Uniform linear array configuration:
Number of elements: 32
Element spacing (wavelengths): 0.5
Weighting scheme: uniform
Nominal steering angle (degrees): -15
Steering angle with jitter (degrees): -14.298
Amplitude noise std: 0.05
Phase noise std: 0.05

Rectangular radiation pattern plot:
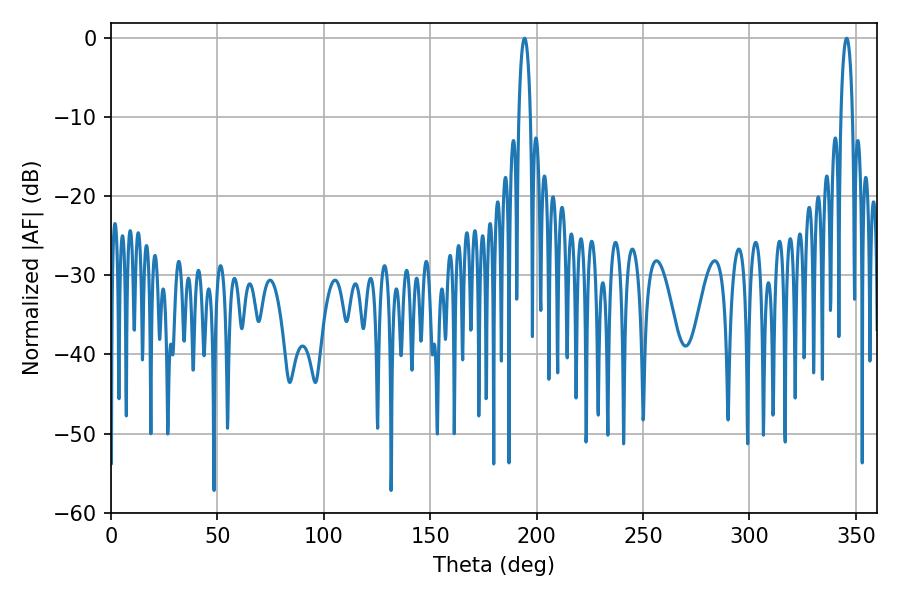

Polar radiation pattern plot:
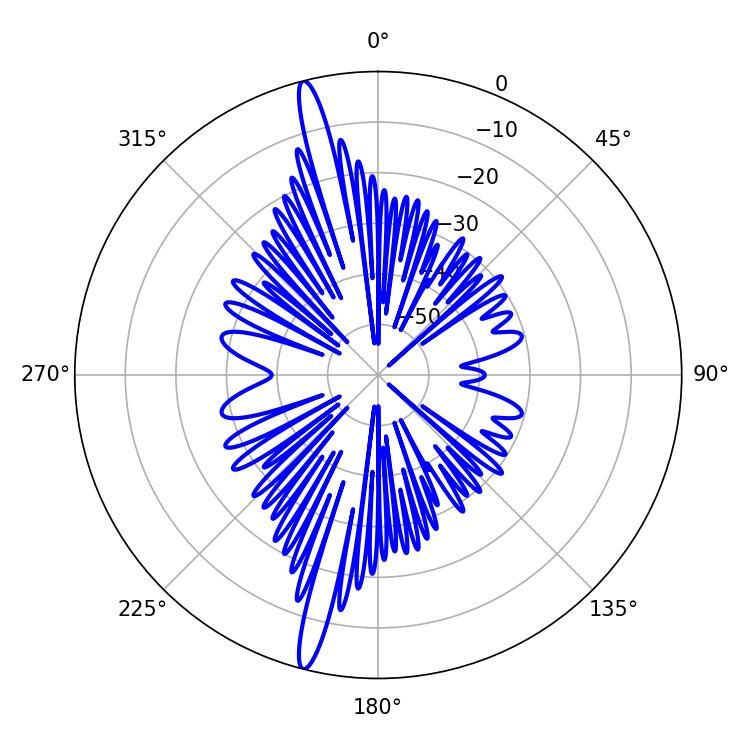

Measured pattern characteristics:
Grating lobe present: FALSE
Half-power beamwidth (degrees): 3.06
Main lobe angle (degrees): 345.6